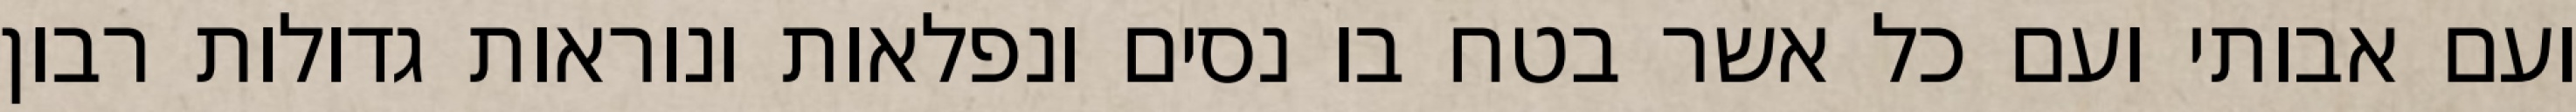
ועם אבותי ועם כל אשר בטח בו נסים ונפלאות ונוראות גדולות רבון